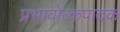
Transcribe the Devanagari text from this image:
प्रभावोत्कपादक